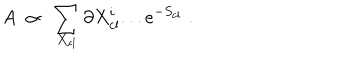
A ~ \propto ~ \sum _ { X _ { \mathrm { c l } } } \partial X _ { \mathrm { c l } } ^ { i } . . . e ^ { - S _ { \mathrm { c l } } } \; .